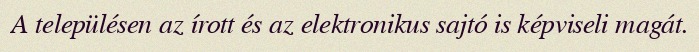
A településen az írott és az elektronikus sajtó is képviseli magát.